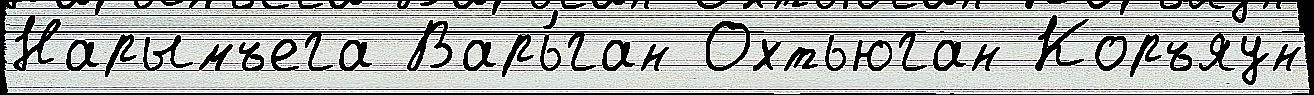
Нарымъега Варь́ган Охтьюган Коръяун